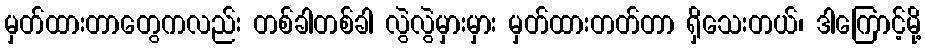
မှတ်ထားတာတွေကလည်း တစ်ခါတစ်ခါ လွဲလွဲမှားမှား မှတ်ထားတတ်တာ ရှိသေးတယ်၊ ဒါကြောင့်မို့